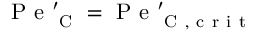
\mathrm { ~ P ~ e ~ } _ { \mathrm { ~ C ~ } } ^ { \prime } = \mathrm { ~ P ~ e ~ } _ { \mathrm { ~ C ~ , ~ c ~ r ~ i ~ t ~ } } ^ { \prime }